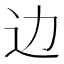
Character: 边